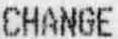
CHANGE